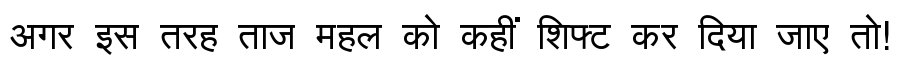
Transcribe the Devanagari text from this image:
अगर इस तरह ताज महल को कहीं शिफ्ट कर दिया जाए तो!